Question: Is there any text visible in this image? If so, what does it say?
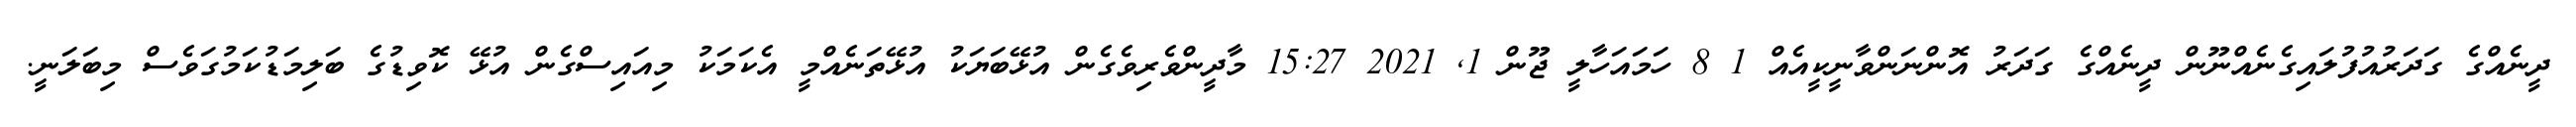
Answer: ދީނެއްގެ ގަދަރުއުފުލައިގެނެއްނޫން ދީނެއްގެ ގަދަރު އޮންނަންވާނީކީއެއް 1 8 ހަމައަހާލީ ޖޫން 1, 2021 15:27 މާދީންވެރިވެގެން އުޅޭބަޔަކު އުޅޭތަނެއްމީ އެކަމަކު މިއައިސްގެން އުޅޭ ކޮވިޑުގެ ބަލިމަޑުކަމުގަވެސް މިބަލަނީ.